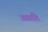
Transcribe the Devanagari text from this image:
आगादि